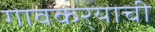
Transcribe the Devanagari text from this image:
गावकर्‍याची